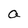
Character: a